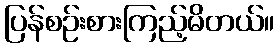
ပြန်စဉ်းစားကြည့်မိတယ်။